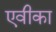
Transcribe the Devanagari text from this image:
एवीका